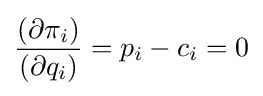
{\frac {\left(\partial \pi _{i}\right)}{\left(\partial q_{i}\right)}}=p_{i}-c_{i}=0